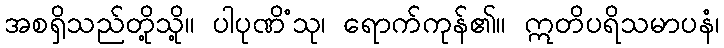
အစရှိသည်တို့သို့။ ပါပုဏိံသု၊ ရောက်ကုန်၏။ ဣတိပရိသမာပနံ၊